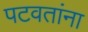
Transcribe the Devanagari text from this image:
पटवतांना